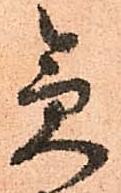
急